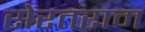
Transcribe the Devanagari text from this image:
सेरतराम